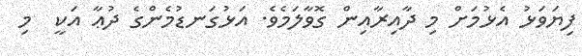
ފިޔަވަޅު އެޅުމަށް މި ދާއިރާއިން ގޮވާލަމެވެ. އަޅުގަނޑުމެންގެ ދުޢާ އަކީ  މި